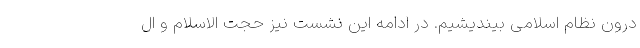
درون نظام اسلامی بیندیشیم. در ادامه این نشست نیز حجت الاسلام و ال